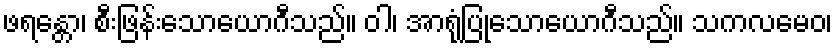
ဖရန္တော၊ စီးဖြန်းသောယောဂီသည်။ ဝါ၊ အာရုံပြုသောယောဂီသည်။ သကလမေဝ၊